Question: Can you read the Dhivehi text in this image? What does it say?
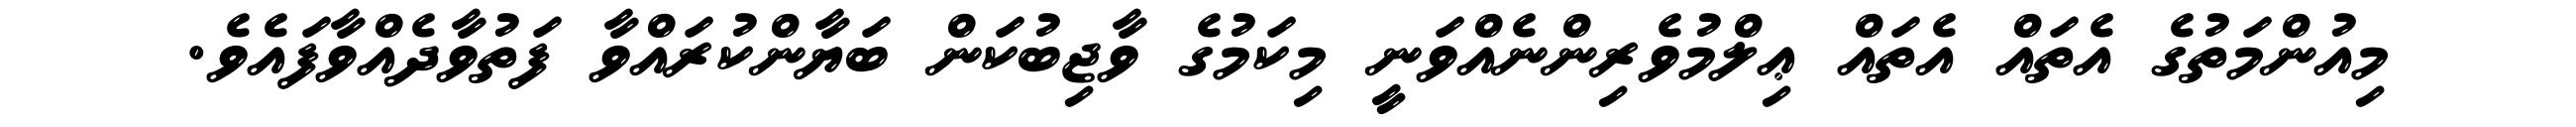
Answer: މިއުންމަތުގެ އެތައް އެތައް ޢިލްމުވެރިންނެއްވަނީ މިކަމުގެ ވާޖިބުކަން ބަޔާންކުރައްވާ ފަތުވާދެއްވާފައެވެ.